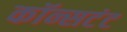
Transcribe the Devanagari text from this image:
कॉन्सटंट